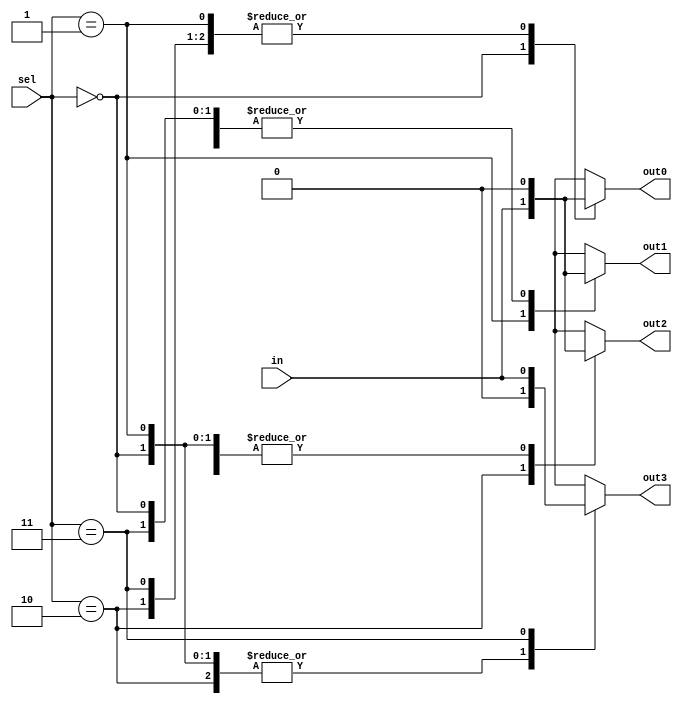
module demux_1to4(input wire in, input wire [1:0] sel, output reg out0, output reg out1, output reg out2, output reg out3);

always @(sel, in)
begin
    case(sel)
        2'b00: begin
            out0 <= in;
            out1 <= 1'b0;
            out2 <= 1'b0;
            out3 <= 1'b0;
        end
        2'b01: begin
            out0 <= 1'b0;
            out1 <= in;
            out2 <= 1'b0;
            out3 <= 1'b0;
        end
        2'b10: begin
            out0 <= 1'b0;
            out1 <= 1'b0;
            out2 <= in;
            out3 <= 1'b0;
        end
        2'b11: begin
            out0 <= 1'b0;
            out1 <= 1'b0;
            out2 <= 1'b0;
            out3 <= in;
        end
    endcase
end
endmodule